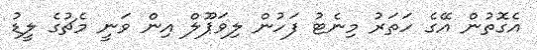
އެގޮތުން އޭގެ ހަތަރު މިނެޓު ފަހުން ލިވަޕޫލް އިން ވަނީ މެޗުގެ ލީޑު